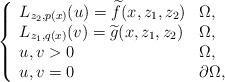
LaTeX: \begin{align*}\left\{\begin{array}{ll}L_{z_{2},p(x)}(u)=\widetilde{f}(x,z_{1},z_{2}) & \Omega , \\L_{z_{1},q(x)}(v)=\widetilde{g}(x,z_{1},z_{2}) & \Omega , \\u,v>0 & \Omega , \\u,v=0 & \partial \Omega ,\end{array}\right. \end{align*}